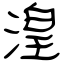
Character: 湟